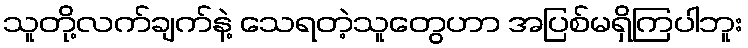
သူတို့လက်ချက်နဲ့ သေရတဲ့သူတွေဟာ အပြစ်မရှိကြပါဘူး